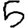
Digit: 5